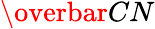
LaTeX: \overbar{CN}